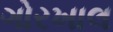
ગોરખાલ